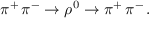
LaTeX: \pi ^ { + } \, \pi ^ { - } \rightarrow \rho ^ { 0 } \rightarrow \pi ^ { + } \, \pi ^ { - } \, .